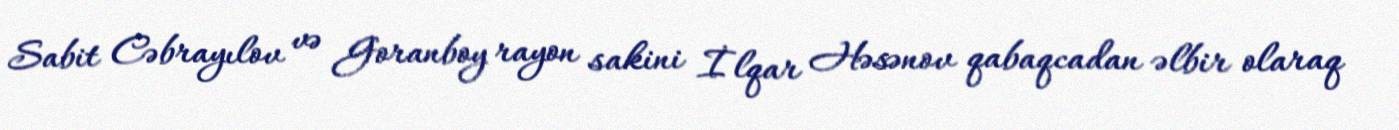
Sabit Cəbrayılov və Goranboy rayon sakini İlqar Həsənov qabaqcadan əlbir olaraq